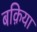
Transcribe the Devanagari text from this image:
बक़िया